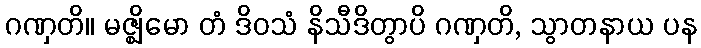
ဂဏှတိ။ မဇ္ဈိမော တံ ဒိဝသံ နိသီဒိတွာပိ ဂဏှတိ, သွာတနာယ ပန